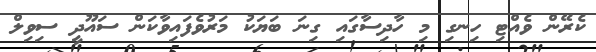
ކެރޭން ވެއްޓި ހިނގި މި ހާދިސާގައި ގިނަ ބަޔަކު މަރުވެފައިވާކަން ސައޫދީ ސިވިލް